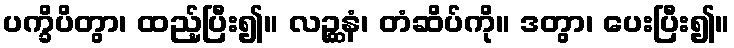
ပက္ခိပိတွာ၊ ထည့်ပြီး၍။ လဉ္ဆနံ၊ တံဆိပ်ကို။ ဒတွာ၊ ပေးပြီး၍။